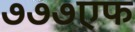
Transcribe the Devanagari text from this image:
७७७एफ